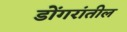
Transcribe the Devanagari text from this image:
डोंगरांतील